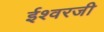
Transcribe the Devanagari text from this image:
ईश्वरजी